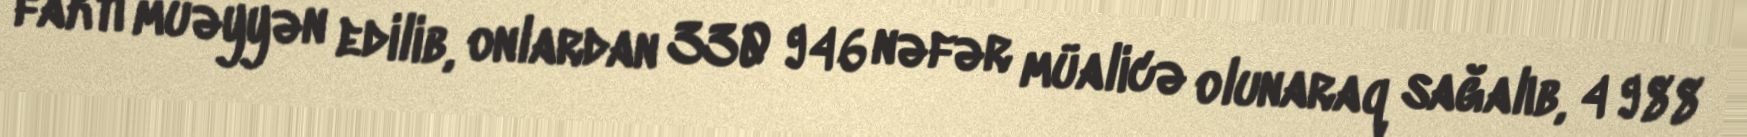
faktı müəyyən edilib, onlardan 330 946 nəfər müalicə olunaraq sağalıb, 4 988